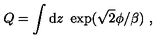
Q = \int \mathrm { d } z \ \exp ( \sqrt 2 \phi / \beta ) \ ,